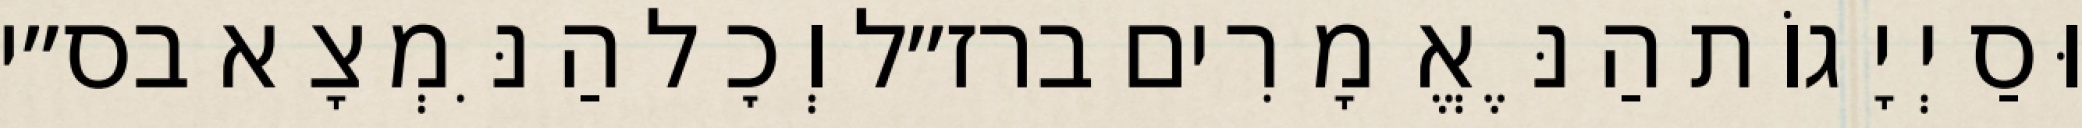
וּסַיְיָגוֹת הַנֶּאֱמָרִים ברז״ל וְכׇל הַנִּמְצָא בס״י